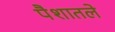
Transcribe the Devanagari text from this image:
पैशातले